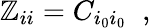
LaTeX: \mathbb{Z}_{ii}=C_{i_{0}i_{0}}\; \; ,